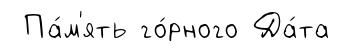
Па́м'ять го́рного Да́та